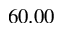
6 0 . 0 0